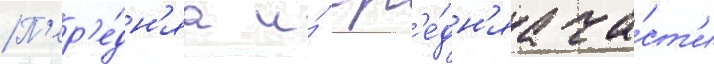
П'ер'е́дн'яа и́ ср'е́дн'яа ча́ст'и